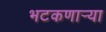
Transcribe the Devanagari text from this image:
भटकणार्‍या